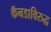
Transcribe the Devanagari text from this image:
कॅनडाविरुद्ध